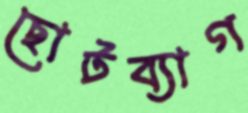
ছোটব্যাগ